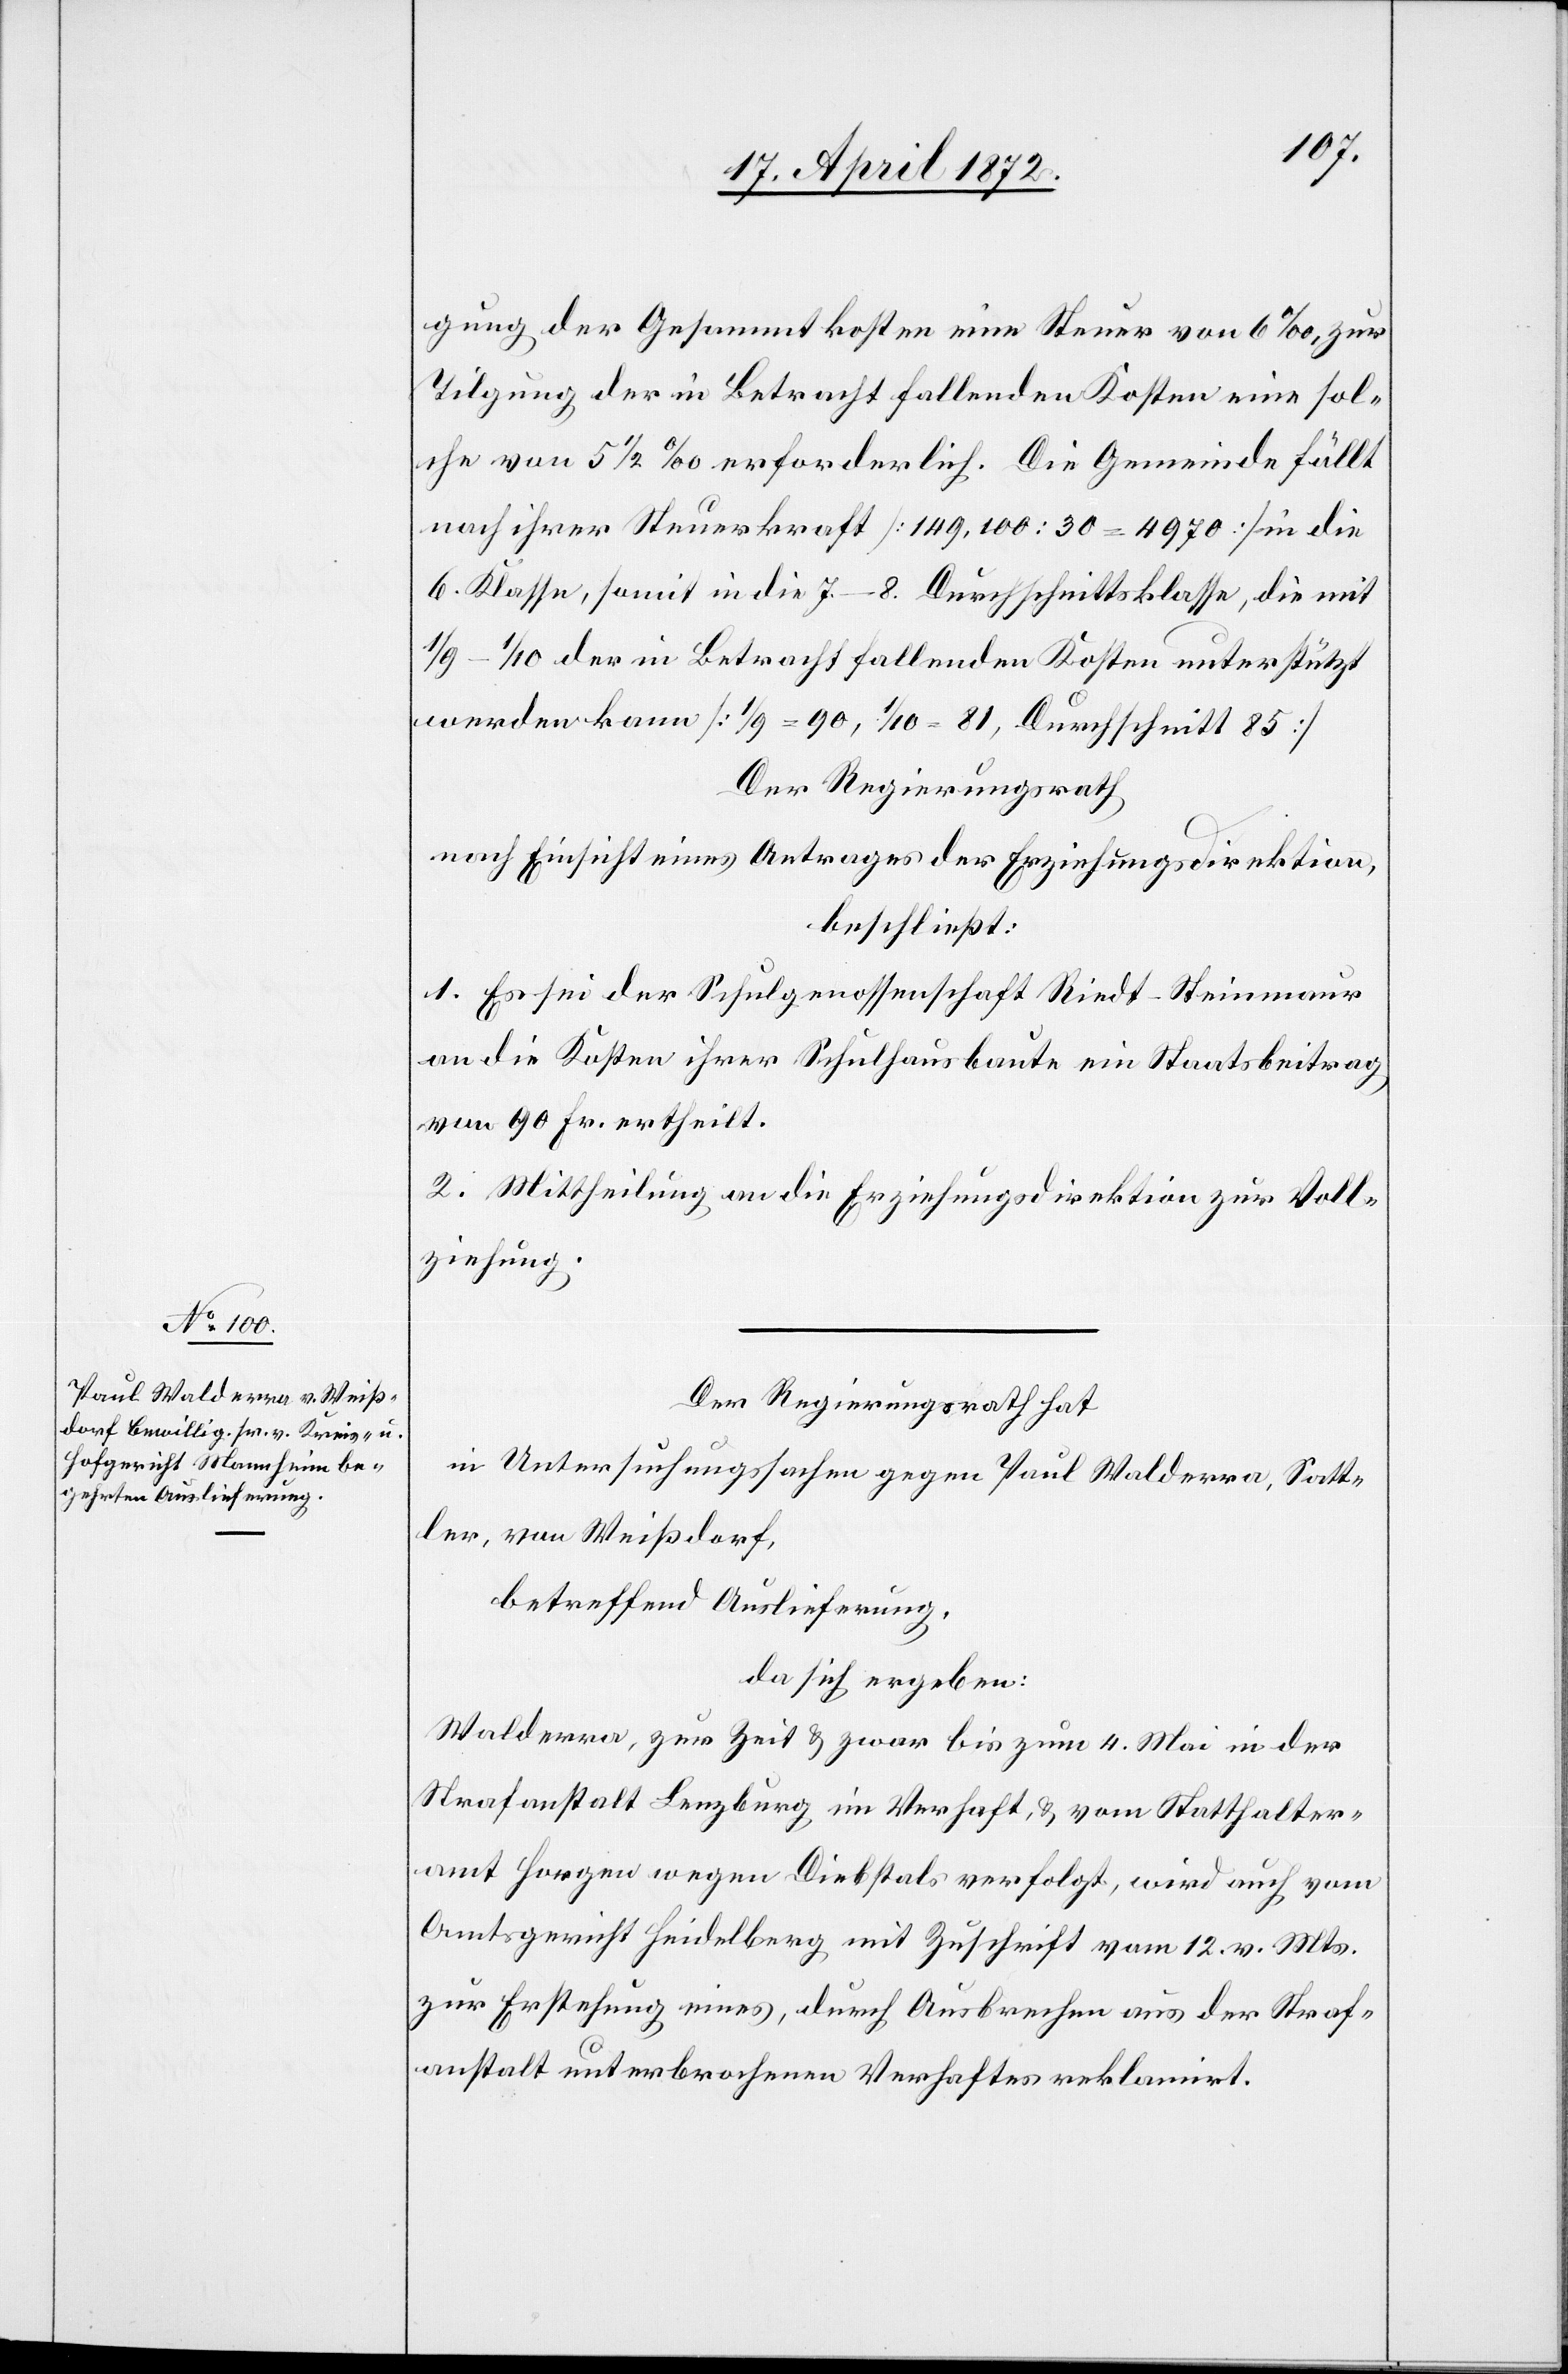
gung der Gesammtkosten eine Steuer von 6‰, zur
Tilgung der in Betracht fallenden Kosten eine sol¬
che von 5 1/2‰ erforderlich. Die Gemeinde fällt
nach ihrer Steuerkraft [149,100 : 30 = 4970] in die
6. Klasse, somit in die 7.–8. Durchschnittsklasse, die mit
1/9–1/10 der in Betracht fallenden Kosten unterstützt
werden kann [1/9 = 90, 1/10 = 81, Durchschnitt 85]
Der Regierungsrath
nach Einsicht eines Antrages der Erziehungsdirektion,
beschließt:
1. Es sei der Schulgenossenschaft Riedt-Steinmaur
an die Kosten ihrer Schulhausbaute ein Staatsbeitrag
von 90 Fr. ertheilt.
2. Mittheilung an die Erziehungsdirektion zur Voll¬
ziehung.
Der Regierungsrath hat
in Untersuchungssachen gegen Paul Walderra, Satt¬
ler, von Weißdorf,
betreffend Auslieferung,
da sich ergeben:
Walderra, zur Zeit u. zwar bis zum 4. Mai in der
Strafanstalt Lenzburg im Verhaft, u. vom Statthalter¬
amt Horgen wegen Diebstals verfolgt, wird auch vom
Amtsgericht Heidelberg mit Zuschrift vom 12. v. Mts.
zur Erstehung eines, durch Ausbrechen aus der Straf¬
anstalt unterbrochenen Verhaftes reklamirt.